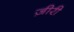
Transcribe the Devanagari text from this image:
ज़ीरी